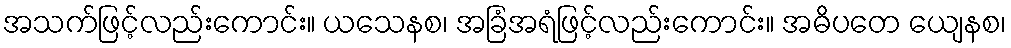
အသက်ဖြင့်လည်းကောင်း။ ယသေနစ၊ အခြံအရံဖြင့်လည်းကောင်း။ အဓိပတေ ယျေနစ၊